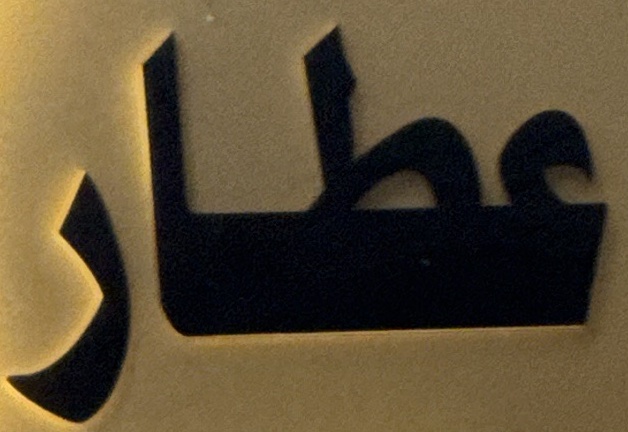
عطار